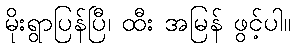
မိုးရွာပြန်ပြီ၊ ထီး အမြန် ဖွင့်ပါ။